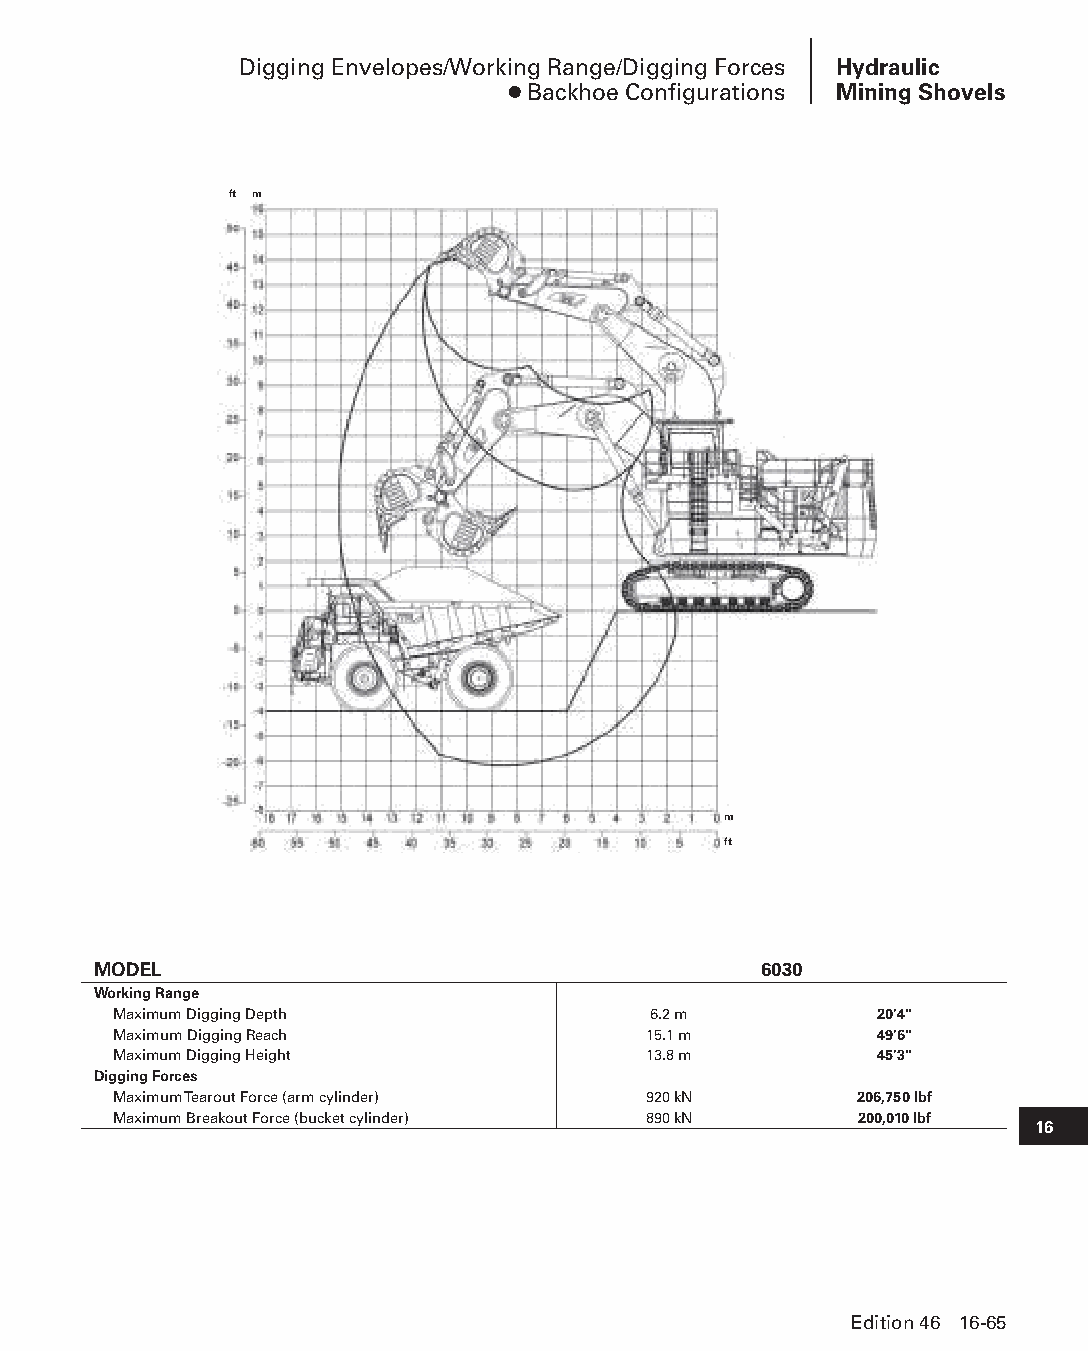
Digging Envelopes/Working Range/Digging Forces Hydraulic
 ● Backhoe Configurations Mining Shovels
 ft m
 m
 ft
 MODEL                                       6030
 Working Range
 Maximum Digging Depth              6.2 m          20'4"
 Maximum Digging Reach              15.1 m         49'6"
 Maximum Digging Height             13.8 m         45'3"
 Digging Forces
 Maximum Tearout Force (arm cylinder) 920 kN      206,750 lbf
 Maximum Breakout Force (bucket cylinder) 890 kN  200,010 lbf
 16
 Edition 46 16-65
 PPHHBB--SSeecc1166--HHyyddrraauulliiccMMiinniinnggSShhoovveellss((ppgg004499--111100))..iinndddd 6655 1122//44//1155 1100::5533 AAMM